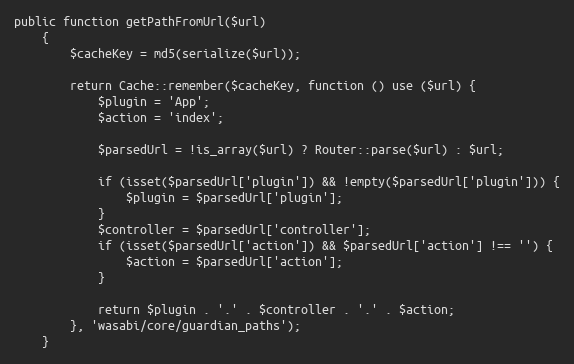
Language: PHP
public function getPathFromUrl($url)
    {
        $cacheKey = md5(serialize($url));

        return Cache::remember($cacheKey, function () use ($url) {
            $plugin = 'App';
            $action = 'index';

            $parsedUrl = !is_array($url) ? Router::parse($url) : $url;

            if (isset($parsedUrl['plugin']) && !empty($parsedUrl['plugin'])) {
                $plugin = $parsedUrl['plugin'];
            }
            $controller = $parsedUrl['controller'];
            if (isset($parsedUrl['action']) && $parsedUrl['action'] !== '') {
                $action = $parsedUrl['action'];
            }

            return $plugin . '.' . $controller . '.' . $action;
        }, 'wasabi/core/guardian_paths');
    }